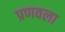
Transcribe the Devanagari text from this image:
प्रणवला